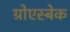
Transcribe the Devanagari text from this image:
ग्रोएस्बेक